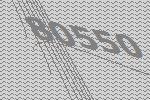
80550